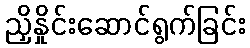
ညှိနှိုင်းဆောင်ရွက်ခြင်း